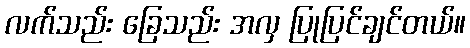
လက်သည်း ခြေသည်း အလှ ပြုပြင်ချင်တယ်။